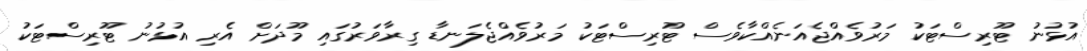
އުޅުނު ޓޫރިސްޓަކު މަރުވެއްޖެއަނެއްކާވެސް ޓޫރިސްޓަކު މަރުވެއްޖެލަނޑާ ގިރާވަރުގައި މޫދަށް އެރި އުޅުނު ޓޫރިސްޓަކު